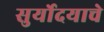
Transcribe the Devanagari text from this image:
सुर्योदयाचे